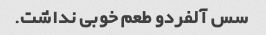
سس آلفردو طعم خوبی نداشت.